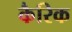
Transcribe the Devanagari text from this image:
कैरिक